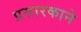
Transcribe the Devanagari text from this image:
प्रसारकाने